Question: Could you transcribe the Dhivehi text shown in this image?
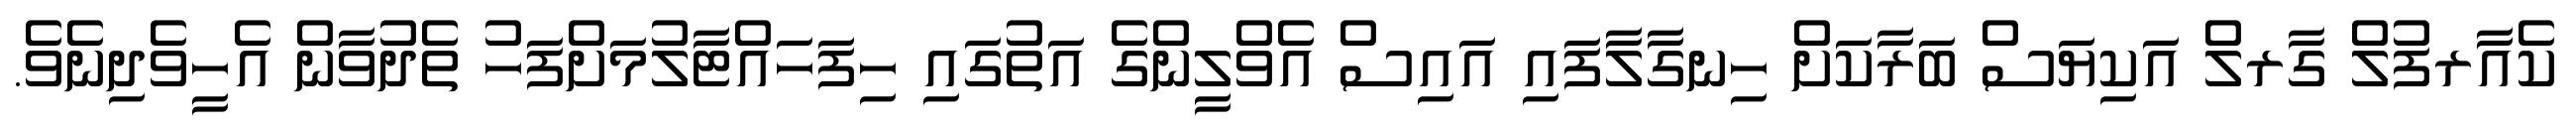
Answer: ކެއާރފުލް ގާރލް އަކިޔަސް ބަރާކަށް ހިނގާލާފައި އައިސް އެވްލީންގެ އަތުގައި ހިފަހައްޓާލުމަށްފަހު ތެދުވާން އެހީވެދިނެވެ.